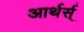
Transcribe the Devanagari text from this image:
आर्थर्स्